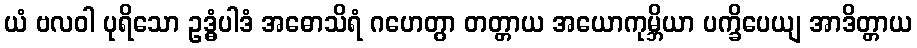
ယံ ဗလဝါ ပုရိသော ဥဒ္ဓံပါဒံ အဓောသိရံ ဂဟေတွာ တတ္တာယ အယောကုမ္ဘိယာ ပက္ခိပေယျ အာဒိတ္တာယ